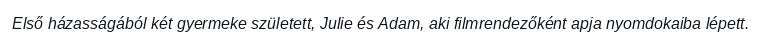
Első házasságából két gyermeke született, Julie és Adam, aki filmrendezőként apja nyomdokaiba lépett.